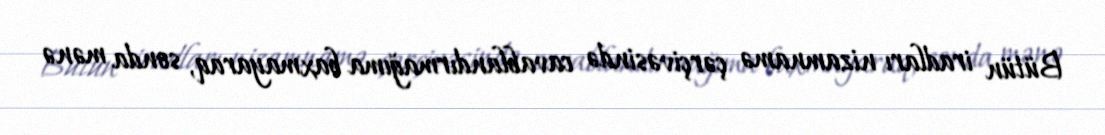
Bütün iradları nizamnamə çərçivəsində cavablandırmağıma baxmayaraq, sonda mənə